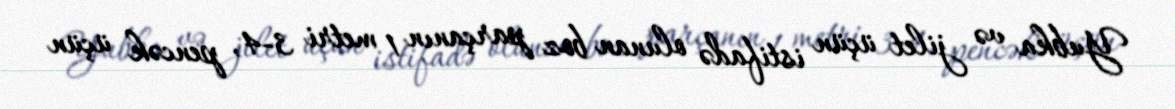
Yubka və jilet üçün istifadə olunan boz parçanın 1 metri 3-4, pencək üçün